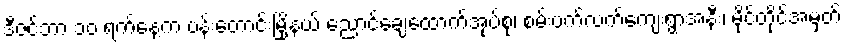
ဒီဇင်ဘာ ၁၀ ရက်နေ့က ပန်းတောင်းမြို့နယ် ညောင်ချေထောက်အုပ်စု၊ စမ်းပက်လက်ကျေးရွာအနီး၊ မိုင်တိုင်အမှတ်